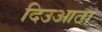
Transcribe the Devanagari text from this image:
दिउआटा